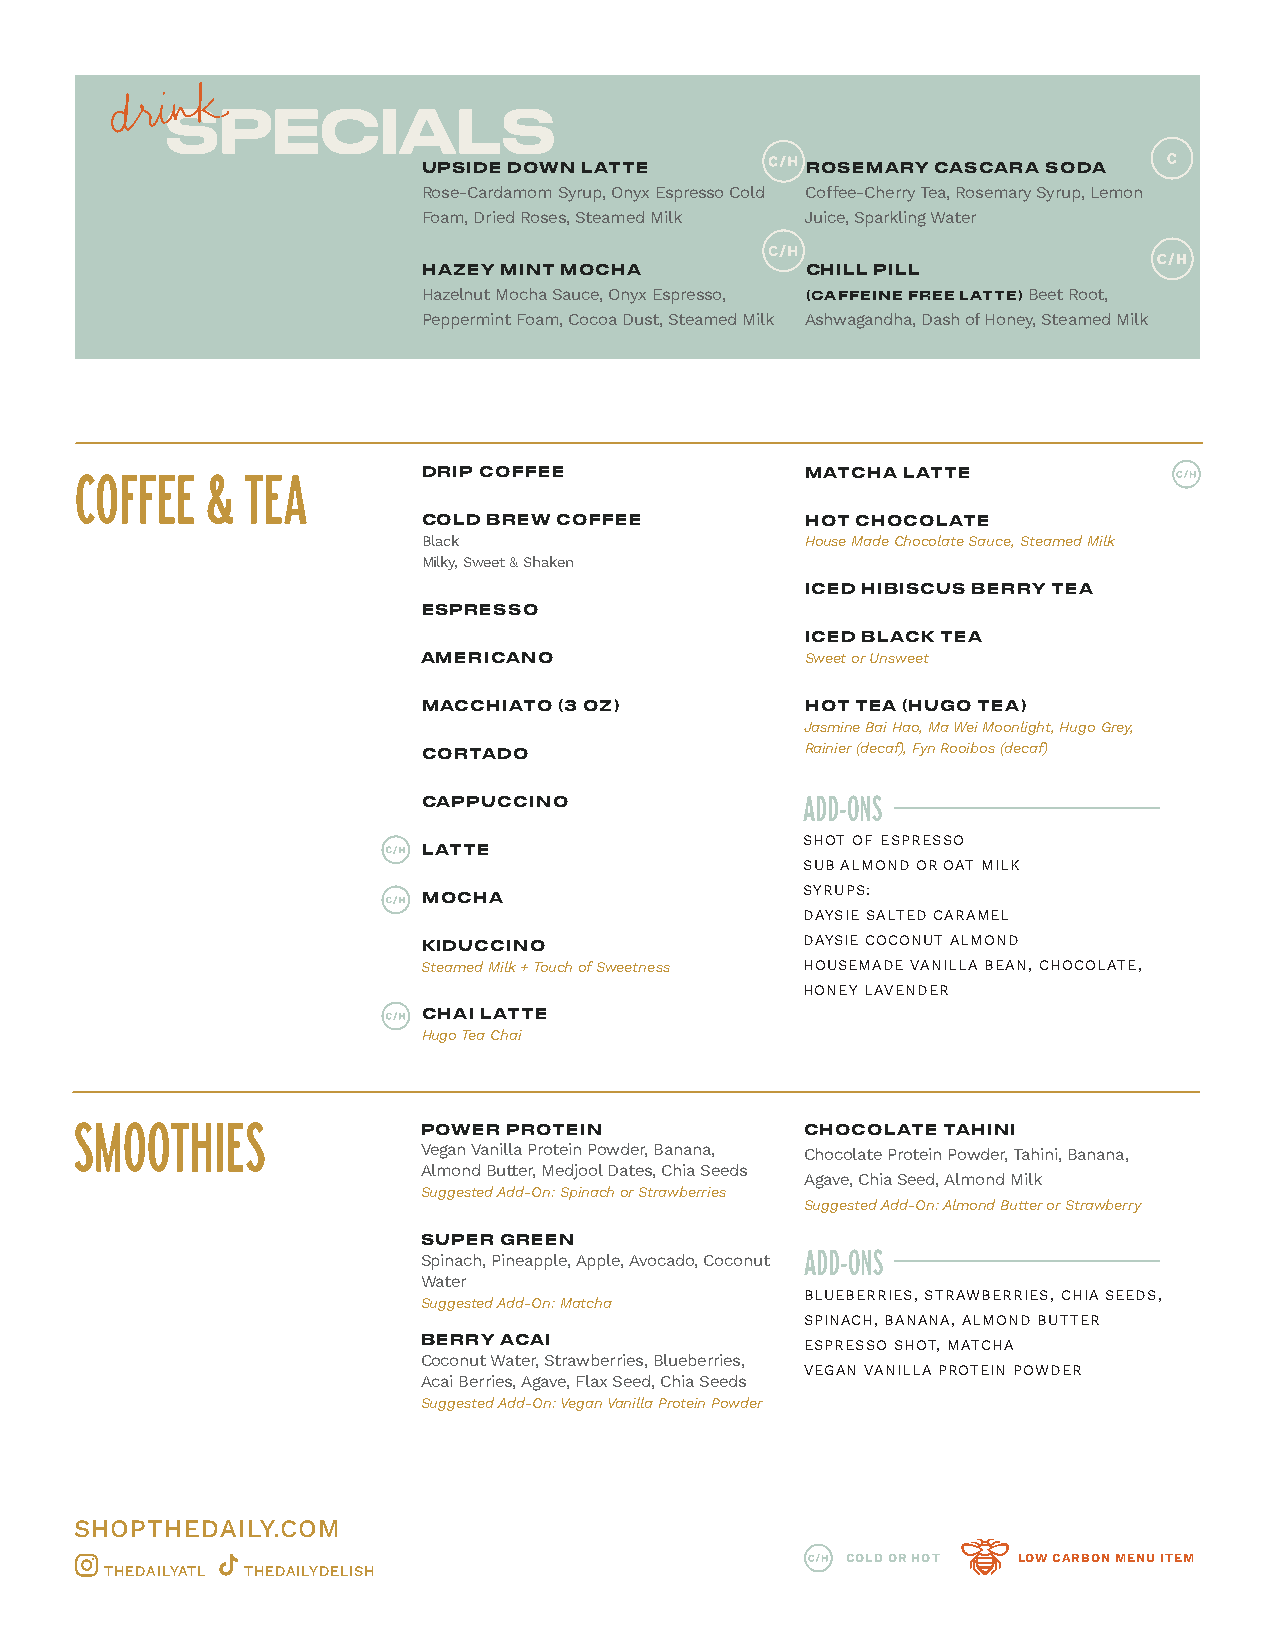
SPECIALS
 UPSIDE DOWN LATTE        ROSEMARY CASCARA SODA
 Rose-Cardamom Syrup, Onyx Espresso Cold Coffee-Cherry Tea, Rosemary Syrup, Lemon
 Foam, Dried Roses, Steamed Milk Juice, Sparkling Water
 HAZEY MINT MOCHA         CHILL PILL
 Hazelnut Mocha Sauce, Onyx Espresso, (CAFFEINE FREE LATTE) Beet Root,
 Peppermint Foam, Cocoa Dust, Steamed Milk Ashwagandha, Dash of Honey, Steamed Milk
 DRIP COFFEE              MATCHA LATTE
 COFFEE   & TEA
 COLD BREW COFFEE         HOT CHOCOLATE
 Black                    House Made Chocolate Sauce, Steamed Milk
 Milky, Sweet & Shaken
 ICED HIBISCUS BERRY TEA
 ESPRESSO
 ICED BLACK TEA
 AMERICANO                Sweet or Unsweet
 MACCHIATO (3 OZ)         HOT TEA (HUGO TEA)
 Jasmine Bai Hao, Ma Wei Moonlight, Hugo Grey,
 CORTADO                  Rainier (decaf), Fyn Rooibos (decaf)
 CAPPUCCINO               ADD-ONS
 SHOT OF ESPRESSO
 LATTE
 SUB ALMOND OR OAT MILK
 SYRUPS:
 MOCHA
 DAYSIE SALTED CARAMEL
 KIDUCCINO                DAYSIE COCONUT ALMOND
 Steamed Milk + Touch of Sweetness HOUSEMADE VANILLA BEAN, CHOCOLATE,
 HONEY LAVENDER
 CHAI LATTE
 Hugo Tea Chai
 SMOOTHIES              POWER PROTEIN            CHOCOLATE TAHINI
 Vegan Vanilla Protein Powder, Banana, Chocolate Protein Powder, Tahini, Banana,
 Almond Butter, Medjool Dates, Chia Seeds
 Agave, Chia Seed, Almond Milk
 Suggested Add-On: Spinach or Strawberries
 Suggested Add-On: Almond Butter or Strawberry
 SUPER GREEN
 Spinach, Pineapple, Apple, Avocado, Coconut ADD-ONS
 Water
 BLUEBERRIES, STRAWBERRIES, CHIA SEEDS,
 S uggested Add-On: Matcha
 SPINACH, BANANA, ALMOND BUTTER
 BERRY ACAI               ESPRESSO SHOT, MATCHA
 Coconut Water, Strawberries, Blueberries,
 VEGAN VANILLA PROTEIN POWDER
 Acai Berries, Agave, Flax Seed, Chia Seeds
 Suggested Add-On: Vegan Vanilla Protein Powder
 SHOPTHEDAILY.COM
 COLD OR HOT LOW CARBON MENU ITEM
 THEDAILYATL THEDAILYDELISH